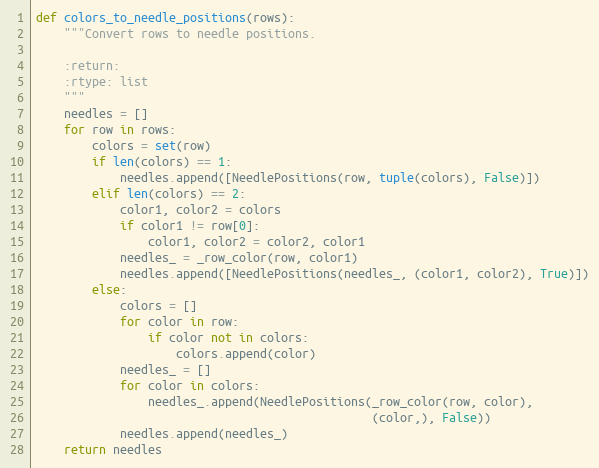
Language: Python
def colors_to_needle_positions(rows):
    """Convert rows to needle positions.

    :return:
    :rtype: list
    """
    needles = []
    for row in rows:
        colors = set(row)
        if len(colors) == 1:
            needles.append([NeedlePositions(row, tuple(colors), False)])
        elif len(colors) == 2:
            color1, color2 = colors
            if color1 != row[0]:
                color1, color2 = color2, color1
            needles_ = _row_color(row, color1)
            needles.append([NeedlePositions(needles_, (color1, color2), True)])
        else:
            colors = []
            for color in row:
                if color not in colors:
                    colors.append(color)
            needles_ = []
            for color in colors:
                needles_.append(NeedlePositions(_row_color(row, color),
                                                (color,), False))
            needles.append(needles_)
    return needles